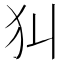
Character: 𤜟